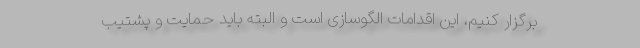
برگزار کنیم، این اقدامات الگوسازی است و البته باید حمایت‌ و پشتیب